Leaving Certificate Examination (including Day School Certificate (Higher) General paper), 1938
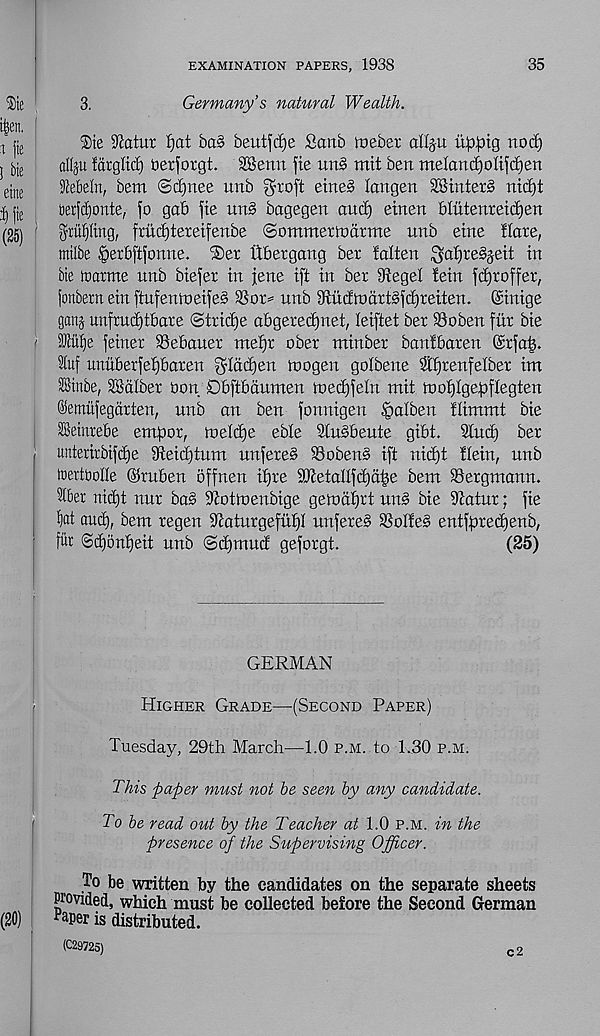
EXAMINATION PAPERS, 1938
35
3.
Germany’s natural Wealth.
$te Scatur £)at ba§ beutft^e Sartb loeber allju ii^tg nod)
afiju facglid) oerforgt. SSenn fie un§ mit ben meIand)oIiftf)en
9tebeln, bem ©d)nee unb gnoft etned langen 28tnter§ nid)t
tierfdjonte, fo gab fie un§ bagegen and) etnen bliitenreidjen
grilling, frudjtereifenbe ©ommettndtme unb eine Hare,
mtlbe ^erbftfonne. ®er iibergang ber lalten ^atjxe^eit in
Me irarme unb biefer in jene ift in ber Siegel !ein fdjroffer,
fonbern ein finfentoeifeS 3Sor= unb din dm dr f d) r eiten. ©inige
ganj unfrudjtbare <Strid)e abgeredjnet, leiftet ber SSoben fur bie
) fcu()e feiner Sebauer mei)r ober minber banibaren @rfa^.
3luf unuberfef)baren ^Iddjen tnogen golbene 3tf)renfelber im
SSinbe, 28dlber Oon Dbftbdumen loedjfeln mit tnofilgefDflegten
©emufegdrten, unb an ben fonnigen feaiben flimmt bie
SSeinrebe empor, lueidje eble Siusbeute gibt. 2lud) ber
unterirbifdje dteid)tum unfere§ S3oben§ ift nid)t tlein, unb
toextbolle ©ruben bffnen ifjre SKetallfcpape bem SSergmann.
3iber nid)t nur bas Stotioenbige getodf)rt un§ bie diatur; fie
^at and), bem regen diaturgefuffl unfereS 3SoIle§ entfpredjenb,
fut @d)ont)eit unb @d)ntud geforgt.
(25)
GERMAN
Higher Grade—(Second Paper)
Tuesday, 29th March—1.0 p.m. to 1.30 p.m.
This paper must not be seen by any candidate.
To be read out by the Teacher at 1.0 p.m. in the
presence of the Supervising Officer.
(To be written by the candidates on the separate sheets
Provided, which must be collected before the Second German
^per is distributed.
(C29725)
c2